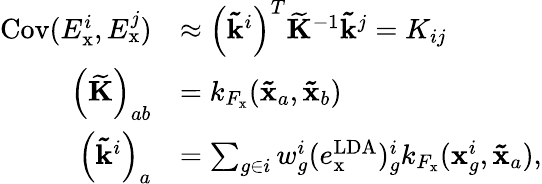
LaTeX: \begin{array}{rl}{\mathrm{Cov}(E_{\mathrm{x}}^{i},E_{\mathrm{x}}^{j})}&{\approx\left(\mathbf{\tilde{k}}^{i}\right)^{T}\mathbf{\widetilde{K}}^{-1}\mathbf{\tilde{k}}^{j}=K_{ij}}\\ {\left(\mathbf{\widetilde{K}}\right)_{ab}}&{=k_{F_{\mathrm{x}}}(\mathbf{\tilde{x}}_{a},\mathbf{\tilde{x}}_{b})}\\ {\left(\mathbf{\tilde{k}}^{i}\right)_{a}}&{=\sum_{g\in i}w_{g}^{i}(e_{\mathrm{x}}^{\mathrm{LDA}})_{g}^{i}k_{F_{\mathrm{x}}}(\mathbf{x}_{g}^{i},\mathbf{\tilde{x}}_{a}),}\end{array}